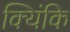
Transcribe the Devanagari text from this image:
क्यिंकि